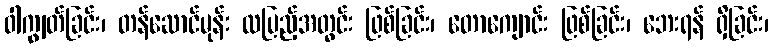
ဝါကျွတ်ခြင်း၊ တန်ဆောင်မုန်း လပြည့်အတွင်း ဖြစ်ခြင်း၊ တောကျောင်း ဖြစ်ခြင်း၊ ဘေးရန် ရှိခြင်း၊